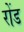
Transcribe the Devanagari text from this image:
रोंड